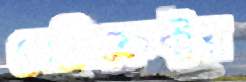
বেনিফেক্টর